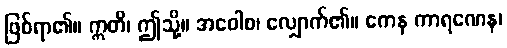
ဖြစ်ရာ၏။ ဣတိ၊ ဤသို့။ အဝေါစ၊ လျှောက်၏။ ကေန ကာရဏေန၊